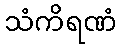
သံကိရဏံ